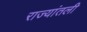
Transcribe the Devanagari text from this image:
राज्यांतली